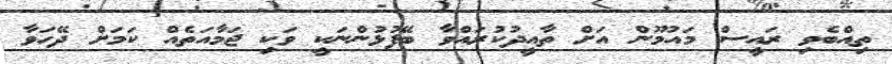
ތިއްބެވި ރައީސް މައުމޫން އަށް ތާއީދުކުރައްވާ ބޭފުޅުންނަކީ ވަކި ޖަމާއަތެއް ކަމަށް ދޭހަވާ